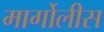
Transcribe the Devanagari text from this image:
मार्गोलीस